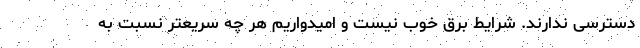
دسترسی ندارند. شرایط برق خوب نیست و امیدواریم هر چه سریعتر نسبت به